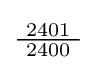
{\tfrac {\ 2401\ }{2400}}